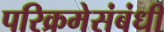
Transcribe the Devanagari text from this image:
परिक्रमेसंबंधी